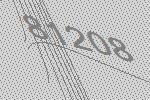
81208